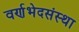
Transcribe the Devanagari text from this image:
वर्णभेदसंस्था